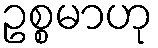
ဥစ္စမာဟု